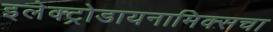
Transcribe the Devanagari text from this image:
इलेक्ट्रोडायनामिक्सचा